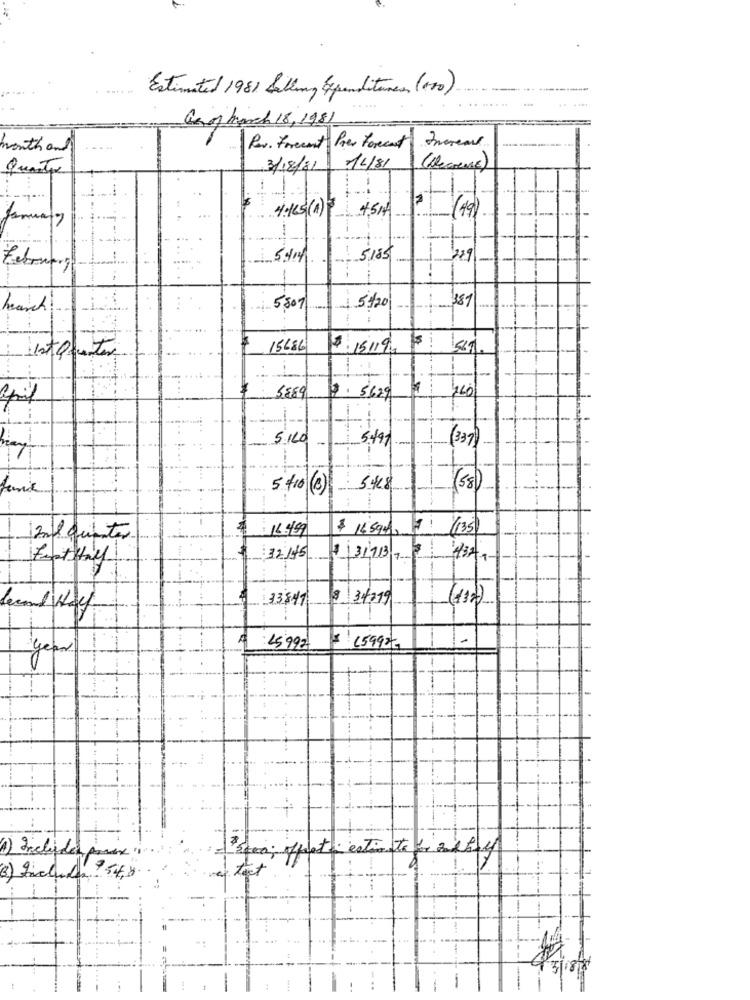
Estimated 1981 Selling Expenditures (100)
Gnomarch 18,1981
month and
Per. Forcent Per forecast
quanto
3/18/11
14/81
4:165(1) 45HA
-
5414
5.185
181
hearch
1-5507
5/20
Ist Quentes
15686
$ 15119.
:
5589
760
3629
5.120
5.499
(58)
16.49
$ 1459f
/135
Il quinto
: 12/15
1 31113 7
33847
8 34719
(+12)
45992
$ 15992)
(4) Include
estate per alty